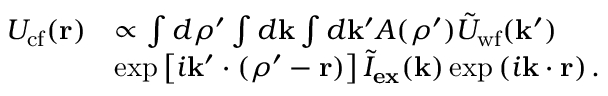
\begin{array} { r l } { U _ { \mathrm { c f } } ( \mathbf { r } ) } & { \propto \int d \boldsymbol { \rho } ^ { \prime } \int d \mathbf { k } \int d \mathbf { k } ^ { \prime } A ( \boldsymbol { \rho } ^ { \prime } ) \tilde { U } _ { \mathrm { w f } } ( \mathbf { k } ^ { \prime } ) } \\ & { \exp \left[ i \mathbf { k } ^ { \prime } \cdot ( \boldsymbol { \rho } ^ { \prime } - \mathbf { r } ) \right] \tilde { I } _ { \mathbf { e x } } ( \mathbf { k } ) \exp \left( i \mathbf { k } \cdot \mathbf { r } \right) . } \end{array}